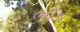
ભીડા